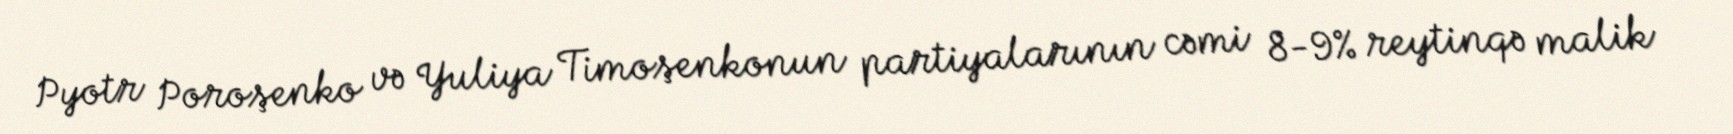
Pyotr Poroşenko və Yuliya Timoşenkonun partiyalarının cəmi 8-9% reytinqə malik